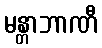
မန္တာဘာဏီ